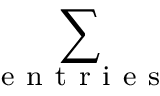
\sum _ { \mathrm { ~ e ~ n ~ t ~ r ~ i ~ e ~ s ~ } }